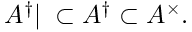
A ^ { \dag } | _ { \mathbf \Phi } \subset A ^ { \dag } \subset A ^ { \times } .